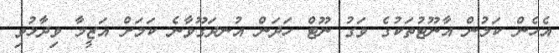
އެހެން ކަމުން އާނޫޓުތަކުގެ ވަގު ނޫޓް ހަދަން އުނދަގޫވާނެ ކަމަށް އަޒީމާ ވިދާޅުވި